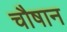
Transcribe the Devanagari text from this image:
चौषान